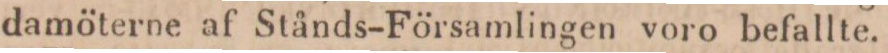
damöterne af Stånds-Församlingen voro befallte.